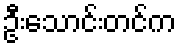
ဦးသောင်းတင်က